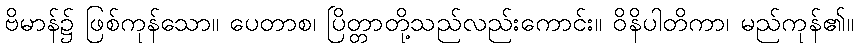
ဗိမာန်၌ ဖြစ်ကုန်သော။ ပေတာစ၊ ပြိတ္တာတို့သည်လည်းကောင်း။ ဝိနိပါတိကာ၊ မည်ကုန်၏။